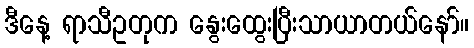
ဒီနေ့ ရာသီဥတုက နွေးထွေးပြီးသာယာတယ်နော်။